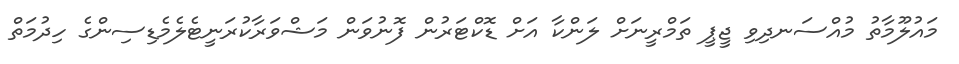
މައުލޫމާތު މުއްސަނދިވި ޖީޕީ ތަމްރީނަށް ލަންކާ އަށް ޑޮކްޓަރުން ފޮނުވަން މަޝްވަރާކުރަނީޓެލެމެޑިސިންގެ ހިދުމަތް